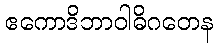
ဧကောဒိဘာဝါဓိဂတေန